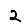
Digit: 2